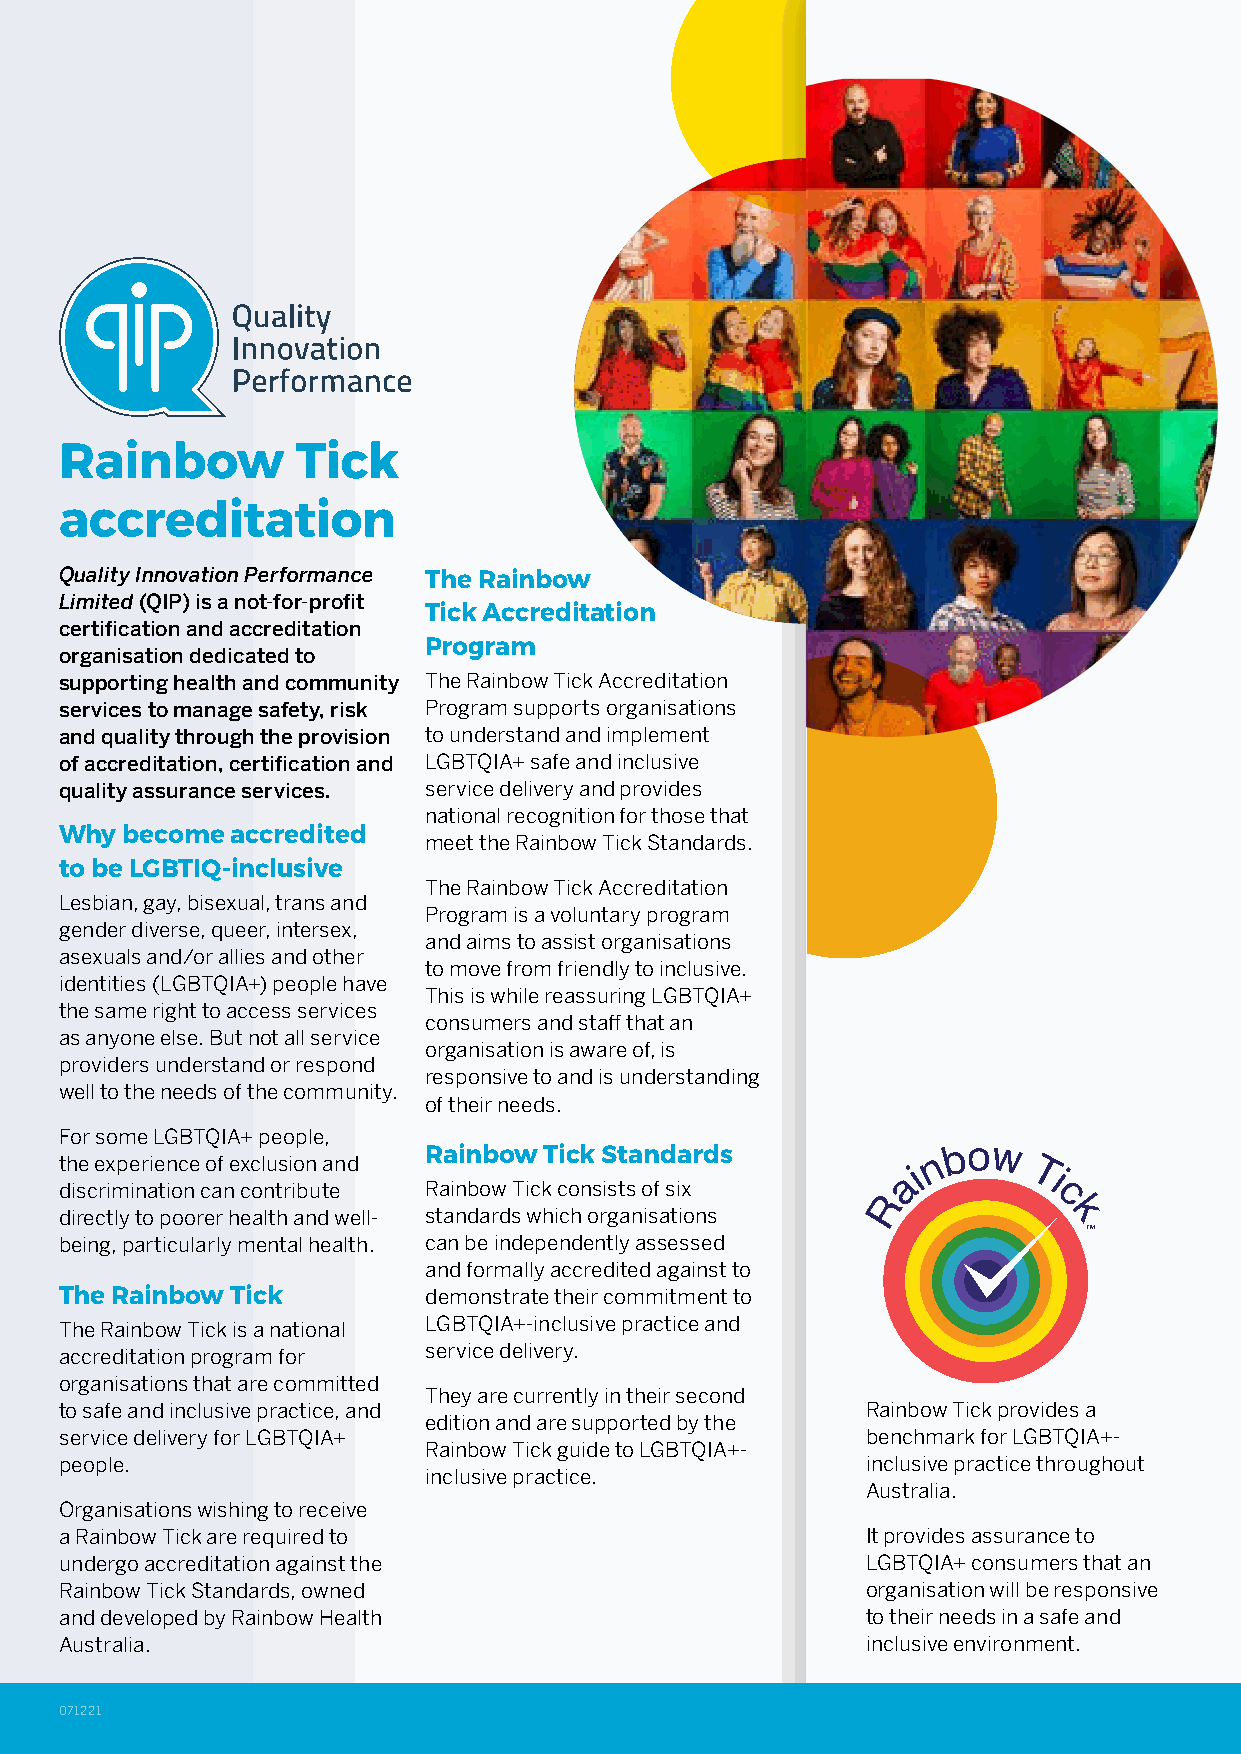
Rainbow         Tick
 accreditation
 Quality Innovation Performance The Rainbow
 Limited (QIP) is a not-for-profit
 Tick Accreditation
 certification and accreditation
 Program
 organisation dedicated to
 supporting health and community The Rainbow Tick Accreditation
 services to manage safety, risk Program supports organisations
 and quality through the provision to understand and implement
 of accreditation, certification and LGBTQIA+ safe and inclusive
 quality assurance services. service delivery and provides
 national recognition for those that
 Why become accredited
 meet the Rainbow Tick Standards.
 to be LGBTIQ-inclusive
 The Rainbow Tick Accreditation
 Lesbian, gay, bisexual, trans and
 Program is a voluntary program
 gender diverse, queer, intersex,
 and aims to assist organisations
 asexuals and/or allies and other
 to move from friendly to inclusive.
 identities (LGBTQIA+) people have
 This is while reassuring LGBTQIA+
 the same right to access services
 consumers and staff that an
 as anyone else. But not all service
 organisation is aware of, is
 providers understand or respond
 responsive to and is understanding
 well to the needs of the community.
 of their needs.
 For some LGBTQIA+ people,
 the experience of exclusion and Rainbow Tick Standards    n bow
 discrimination can contribute Rainbow Tick consists of six
 ai     Ti
 R         c
 directly to poorer health and well- standards which organisations k
 TM
 being, particularly mental health. can be independently assessed
 and formally accredited against to
 The Rainbow Tick        demonstrate their commitment to
 The Rainbow Tick is a national LGBTQIA+-inclusive practice and
 accreditation program for service delivery.
 organisations that are committed
 They are currently in their second
 to safe and inclusive practice, and                  Rainbow Tick provides a
 edition and are supported by the
 service delivery for LGBTQIA+                        benchmark for LGBTQIA+-
 Rainbow Tick guide to LGBTQIA+-
 people.                                              inclusive practice throughout
 inclusive practice.
 Australia.
 Organisations wishing to receive
 a Rainbow Tick are required to                       It provides assurance to
 undergo accreditation against the                    LGBTQIA+ consumers that an
 Rainbow Tick Standards, owned                        organisation will be responsive
 and developed by Rainbow Health                      to their needs in a safe and
 Australia.                                           inclusive environment.
 071221